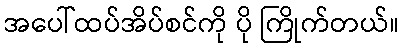
အပေါ်ထပ်အိပ်စင်ကို ပို ကြိုက်တယ်။